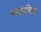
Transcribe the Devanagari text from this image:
महाप्रसिध्द